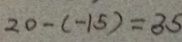
2 0 - ( - 1 5 ) = 3 5